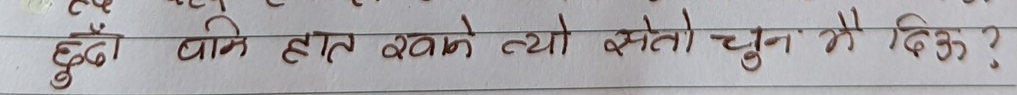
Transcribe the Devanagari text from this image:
टुँडै वाने हात खाने त्यो सेतो चुन नै दिऊँ?